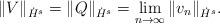
LaTeX: \begin{align*}\|V\|_{\dot{H}^s} = \|Q\|_{\dot{H}^s} = \lim_{n\rightarrow \infty} \|v_n\|_{\dot{H}^s}.\end{align*}